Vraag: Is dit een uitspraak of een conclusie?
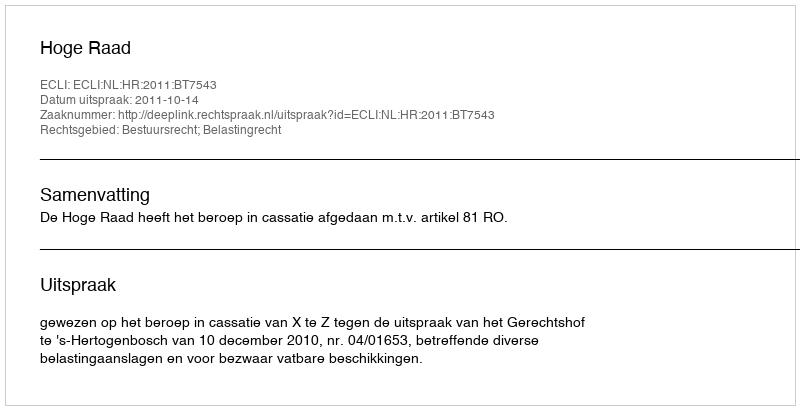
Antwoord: Uitspraak